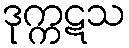
ဒုက္ကဋသ